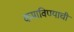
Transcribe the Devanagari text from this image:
कमाविण्याची